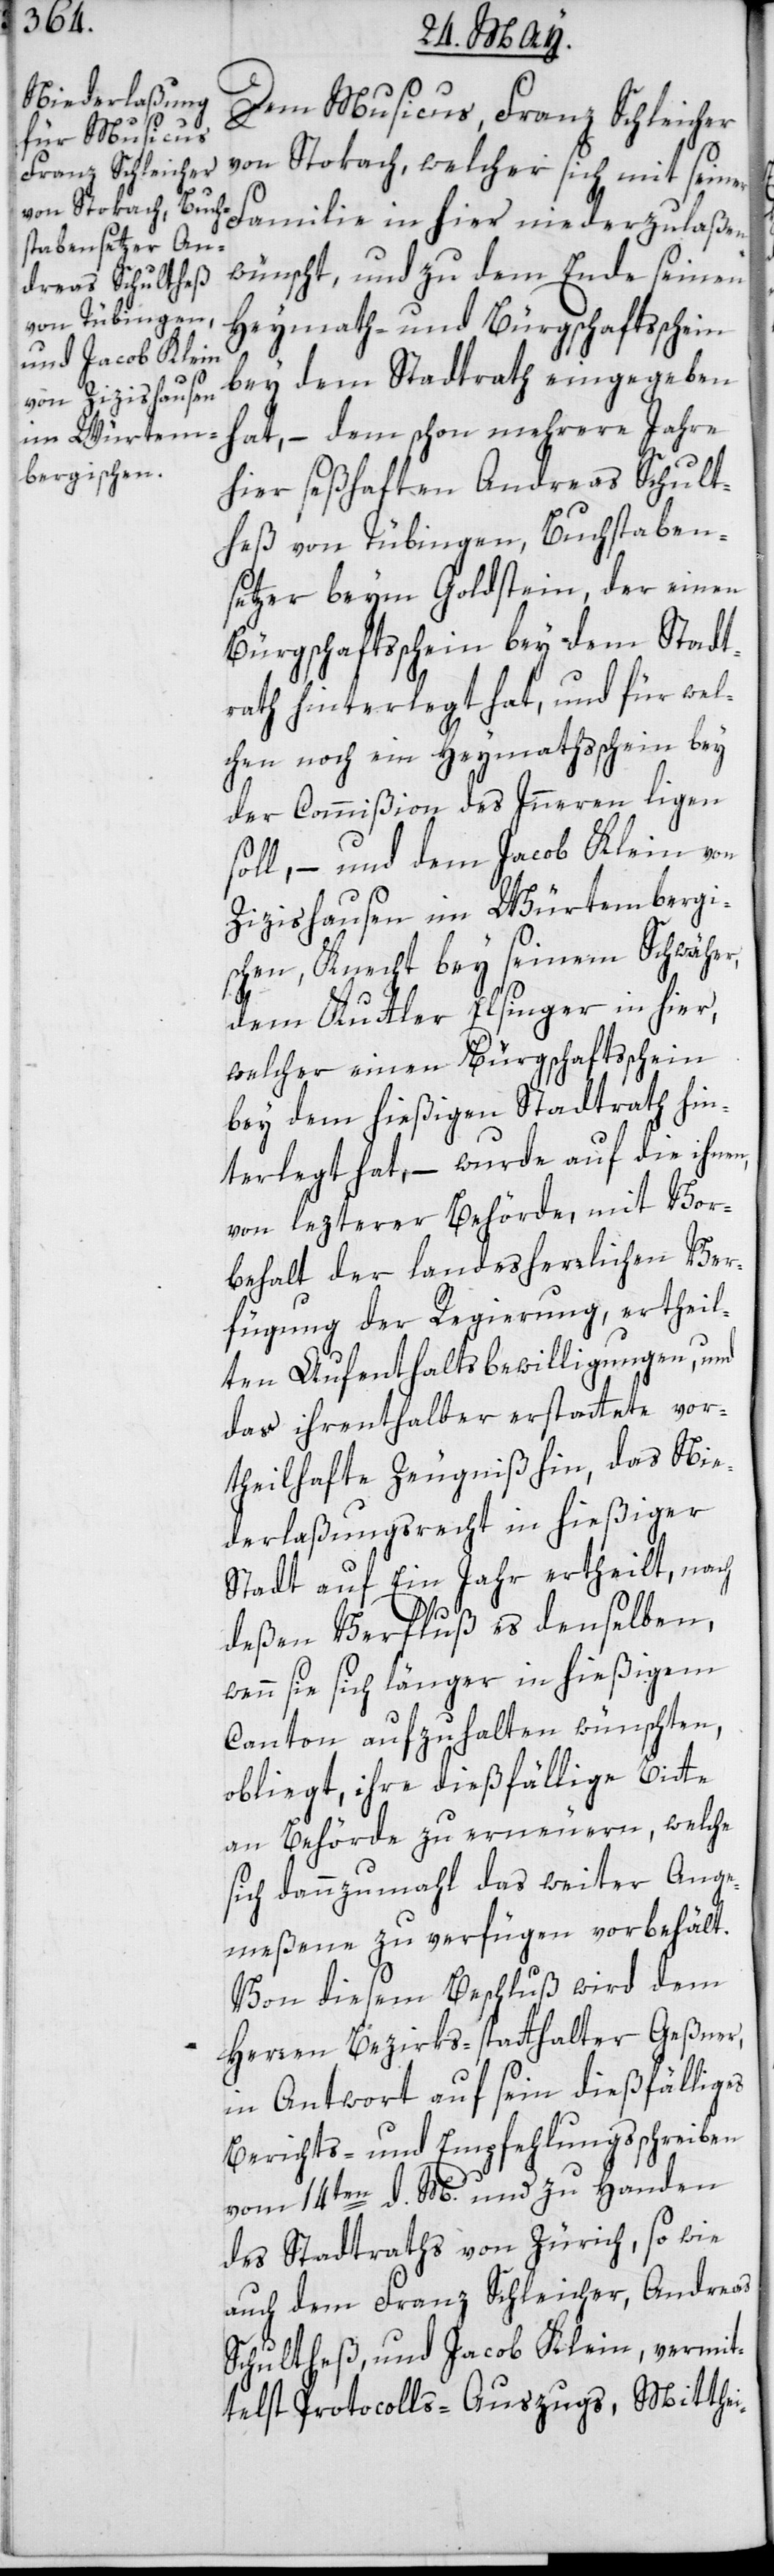
Dem Musicus, Franz Schleicher
von Stokach, welcher sich mit seiner
Familie in hier niederzulaßen
wünscht, und zu dem Ende seinen
Heymath- und Bürgschaftsschein
bey dem Stadtrath eingegeben
hat, – dem schon mehrere Jahre
hier seßhaften Andreas Schult¬
heß von Tübingen, Buchstaben¬
setzer beym Goldstein, der einen
Bürgschaftsschein bey dem Stadt¬
rath hinterlegt hat, und für wel¬
chen noch ein Heymathschein bey
der Commißion des Innern ligen
soll, – und dem Jacob Klein von
Zizishausen im Würtembergi¬
schen, Knecht bey seinem Schwäher,
dem Kuttler Elsinger in hier,
welcher einen Bürgschaftsschein
bey dem hießigen Stadtrath hin¬
terlegt hat, – wurde auf die ihnen
von lezterer Behörde, mit Vor¬
behalt der landesherrlichen Ver¬
fügung der Regierung, ertheil¬
ten Aufenthaltsbewilligungen, und
das ihrenthalber erstattete vor¬
theilhafte Zeugniß hin, das Nie¬
derlaßungsrecht in hießiger
Stadt auf ein Jahr ertheilt, nach
deßen Verfluß es denselben,
wenn sie sich länger in hießigem
Canton aufzuhalten wünschten,
obliegt, ihre dießfällige Bitte
an Behörde zu erneuern, welche
sich dannzumahl das weiter Ange¬
meßene zu verfügen vorbehält.
Von diesem Beschluß wird dem
Herren Bezirks-statthalter Geßner,
in Antwort auf sein dießfälliges
Berichts- und Empfehlungsschreiben
vom 14ten d. M. und zu Handen
des Stadtraths von Zürich, sowie
auch dem Franz Schleicher, Andreas
Schultheß und Jacob Klein, vermit¬
telst Protocolls-Auszugs, Mitthei-